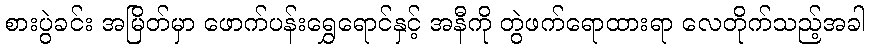
စားပွဲခင်း အမြိတ်မှာ ဖောက်ပန်းရွှေရောင်နှင့် အနီကို တွဲဖက်ရောထားရာ လေတိုက်သည့်အခါ